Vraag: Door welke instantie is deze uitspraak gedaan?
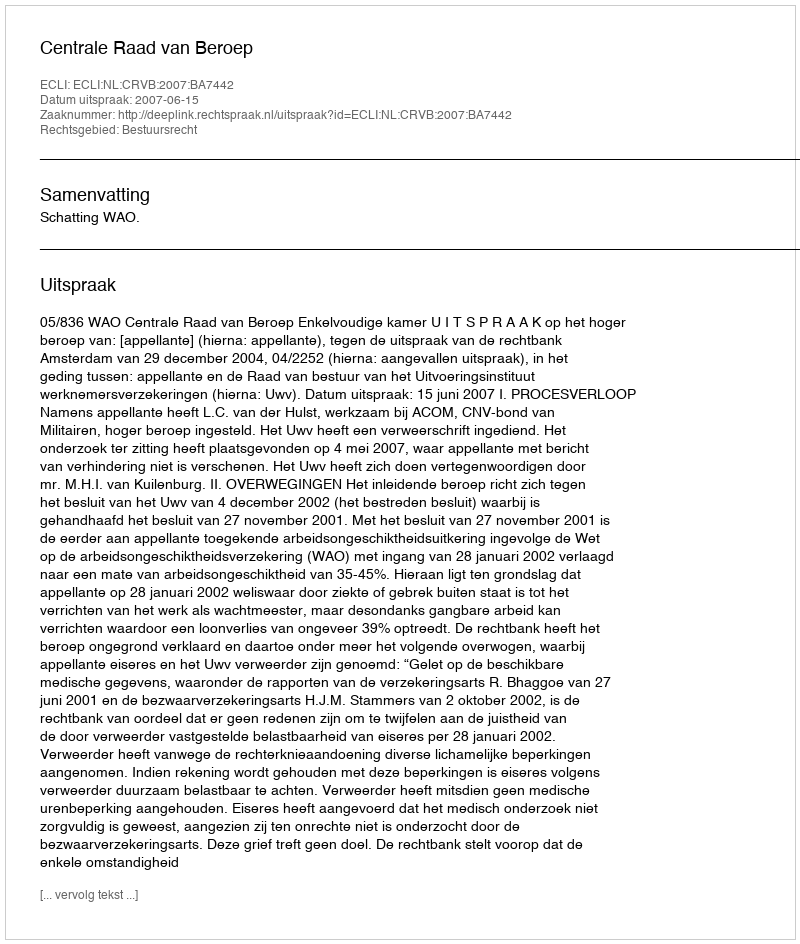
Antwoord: Centrale Raad van Beroep